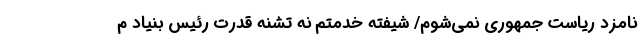
نامزد ریاست جمهوری نمی‌شوم/ شیفته خدمتم نه تشنه قدرت رئیس بنیاد م